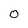
Character: O